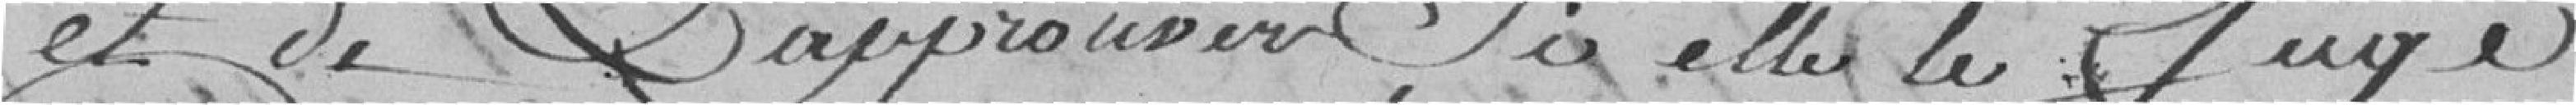
et de l'approuver si elle le juge